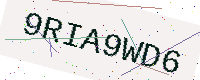
Text: 9RIA9WD6